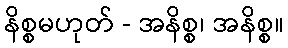
နိစ္စမဟုတ် - အနိစ္စ၊ အနိစ္စ။